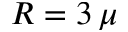
R = 3 \, \mu